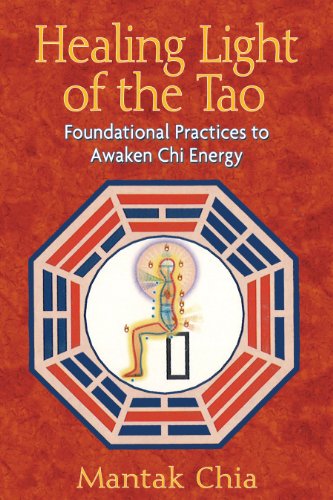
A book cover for Healing Light of the Tao: Foundational Practices to Awaken Chi Energy; Mantak Chia; Health, Fitness & Dieting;